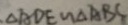
\Delta A D E \sim \Delta A B C